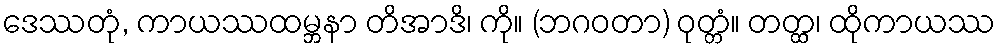
ဒေဿတုံ, ကာယဿထမ္ဘနာ တိအာဒိ၊ ကို။ (ဘဂဝတာ) ဝုတ္တံ။ တတ္ထ၊ ထိုကာယဿ